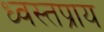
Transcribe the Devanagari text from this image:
ध्वस्तप्राय